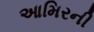
આમિરની